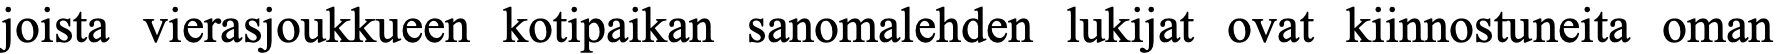
joista vierasjoukkueen kotipaikan sanomalehden lukijat ovat kiinnostuneita oman